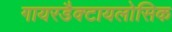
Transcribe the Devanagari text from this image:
गायरडैक्टायलोसिक